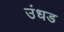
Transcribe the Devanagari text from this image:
उंधड